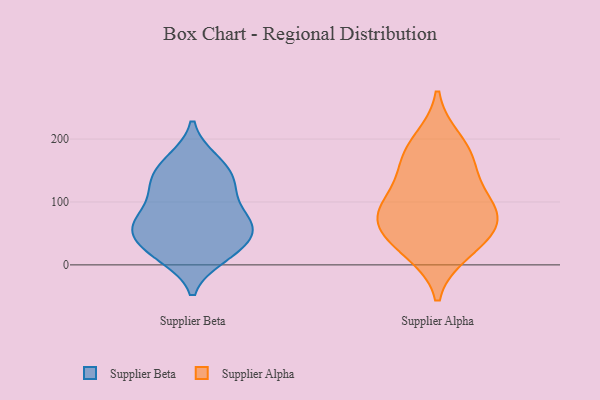
{"axis": {"x": "Market Share (%)", "y": "Value"}, "legend": ["Supplier Alpha", "Supplier Beta"], "data": [{"x": "", "y": 26, "type": "Supplier Beta"}, {"x": "", "y": 167, "type": "Supplier Beta"}, {"x": "", "y": 58, "type": "Supplier Beta"}, {"x": "", "y": 17, "type": "Supplier Beta"}, {"x": "", "y": 110, "type": "Supplier Beta"}, {"x": "", "y": 133, "type": "Supplier Beta"}, {"x": "", "y": 116, "type": "Supplier Beta"}, {"x": "", "y": 13, "type": "Supplier Beta"}, {"x": "", "y": 58, "type": "Supplier Beta"}, {"x": "", "y": 68, "type": "Supplier Beta"}, {"x": "", "y": 167, "type": "Supplier Beta"}, {"x": "", "y": 57, "type": "Supplier Beta"}, {"x": "", "y": 52, "type": "Supplier Beta"}, {"x": "", "y": 80, "type": "Supplier Beta"}, {"x": "", "y": 68, "type": "Supplier Beta"}, {"x": "", "y": 132, "type": "Supplier Beta"}, {"x": "", "y": 19, "type": "Supplier Beta"}, {"x": "", "y": 145, "type": "Supplier Beta"}, {"x": "", "y": 35, "type": "Supplier Alpha"}, {"x": "", "y": 113, "type": "Supplier Alpha"}, {"x": "", "y": 158, "type": "Supplier Alpha"}, {"x": "", "y": 82, "type": "Supplier Alpha"}, {"x": "", "y": 57, "type": "Supplier Alpha"}, {"x": "", "y": 78, "type": "Supplier Alpha"}, {"x": "", "y": 22, "type": "Supplier Alpha"}, {"x": "", "y": 85, "type": "Supplier Alpha"}, {"x": "", "y": 170, "type": "Supplier Alpha"}, {"x": "", "y": 197, "type": "Supplier Alpha"}]}